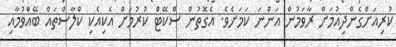
ކުރިއަށްގެންދިއުމަށް ރާވަމުން އަންނަ ކަމަށެވެ. އެގޮތުން ސްކޭޓް ކުރުމަށް އެކިއެކި ކްލާސްތައް ބޭއްވުމާއި